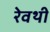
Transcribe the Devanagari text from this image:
रेवथी